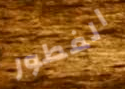
الفطور